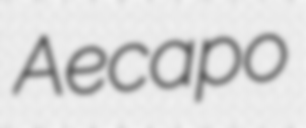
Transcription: Aлeкcaндpoв